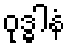
ဝုဒ္ဓါနံ